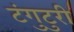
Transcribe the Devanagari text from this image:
टंगुटुरी